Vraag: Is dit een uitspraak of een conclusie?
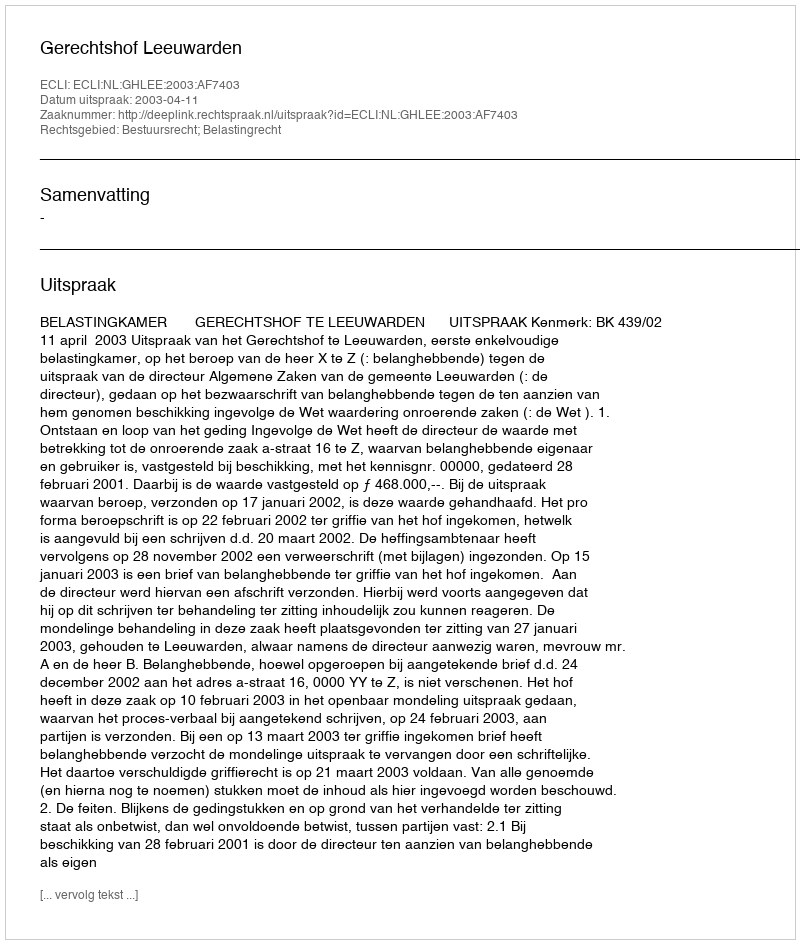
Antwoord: Uitspraak